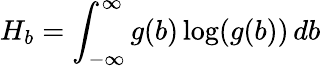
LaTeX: H_{b}=\int_{-\infty}^{\infty}g(b)\log(g(b))\, db